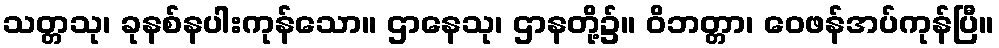
သတ္တသု၊ ခုနစ်နပါးကုန်သော။ ဌာနေသု၊ ဌာနတို့၌။ ဝိဘတ္တာ၊ ဝေဖန်အပ်ကုန်ပြီ။